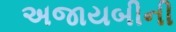
અજાયબીની